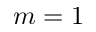
m = 1